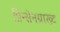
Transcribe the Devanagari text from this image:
प्रिन्सेनग्राख्ट